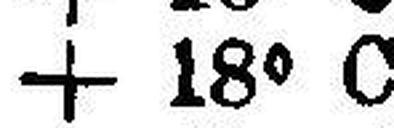
+ 18° C